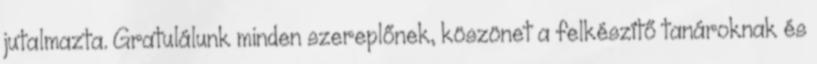
jutalmazta. Gratulálunk minden szereplőnek, köszönet a felkészítő tanároknak és